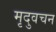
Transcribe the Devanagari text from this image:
मृदुवचन